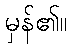
မှန်၏။